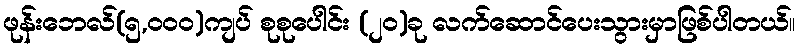
ဖုန်းဘေလ်(၅,၀၀၀)ကျပ် စုစုပေါင်း (၂၀)ခု လက်ဆောင်ပေးသွားမှာဖြစ်ပါတယ်။